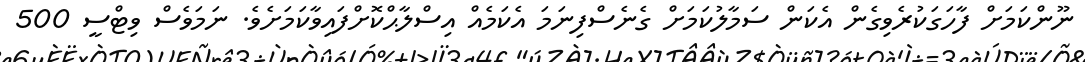
ނޫންކަމަށް ފާހަގަކުރެވިގެން އެކަން ސަމާލުކަމަށް ގެނެސްފިނަމަ އެކަމެއް އިސްލާޙްކޮށްފައިވާކަމަށެވެ. ނަމަވެސް ވިޓްސީ 500